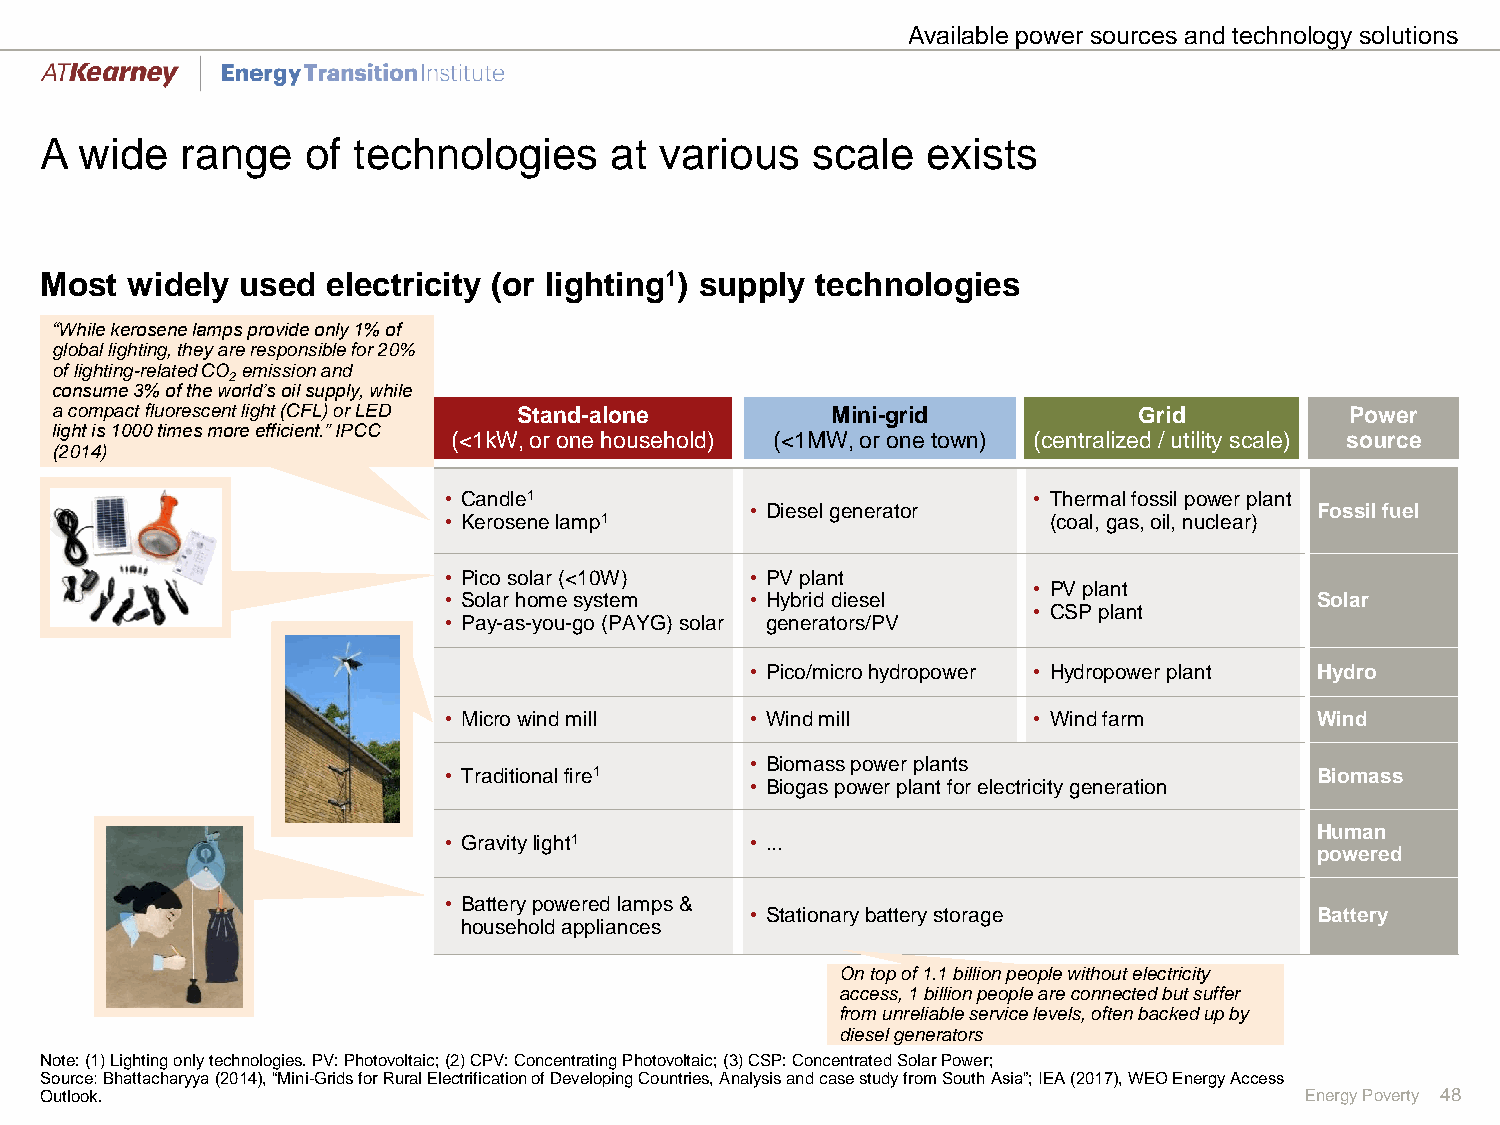
Available power sources and technology solutions
 A wide   range   of technologies     at  various   scale  exists
 Most widely  used  electricity (or lighting1) supply technologies
 “While kerosene lamps provide only 1% of
 global lighting, they are responsible for 20%
 of lighting-related CO emission and
 2
 consume 3% of the world’s oil supply, while
 a compact fluorescent light (CFL) or LED Stand-alone Mini-grid          Grid          Power
 light is 1000 times more efficient.” IPCC
 (<1kW, or one household) (<1MW, or one town) (centralized / utility scale) source
 (2014)
 • Candle1                              • Thermal fossil power plant
 • Diesel generator                   Fossil fuel
 • Kerosene lamp1                        (coal, gas, oil, nuclear)
 • Pico solar (<10W)  • PV plant
 • PV plant
 • Solar home system  • Hybrid diesel                      Solar
 • CSP plant
 • Pay-as-you-go (PAYG) solar generators/PV
 • Pico/micro hydropower • Hydropower plant Hydro
 • Micro wind mill    • Wind mill       • Wind farm        Wind
 • Biomass power plants
 • Traditionalfire1                                        Biomass
 • Biogas power plant for electricity generation
 Human
 • Gravitylight1      • ...
 powered
 • Battery powered lamps&
 • Stationarybattery storage          Battery
 household appliances
 On top of 1.1 billion people without electricity
 access, 1 billion people are connected but suffer
 from unreliable service levels, often backed up by
 diesel generators
 Note: (1) Lighting only technologies. PV: Photovoltaic; (2) CPV: Concentrating Photovoltaic; (3) CSP: Concentrated Solar Power;
 Source: Bhattacharyya (2014), “Mini-Grids for Rural Electrification of Developing Countries, Analysis and case study from South Asia”; IEA (2017), WEO Energy Access
 Outlook.                                                                           Energy Poverty 48